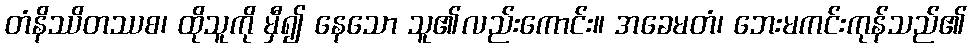
တံနိဿိတဿစ၊ ထိုသူကို မှီ၍ နေသော သူ၏လည်းကောင်း။ အခေမတံ၊ ဘေးမကင်းကုန်သည်၏